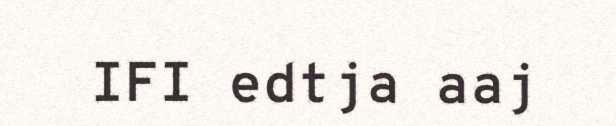
IFI edtja aaj